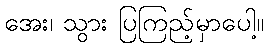
အေး၊ သွား ပြကြည့်မှာပေါ့။